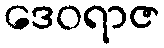
ဒေဝရာဇ